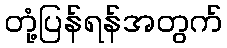
တုံ့ပြန်ရန်အတွက်